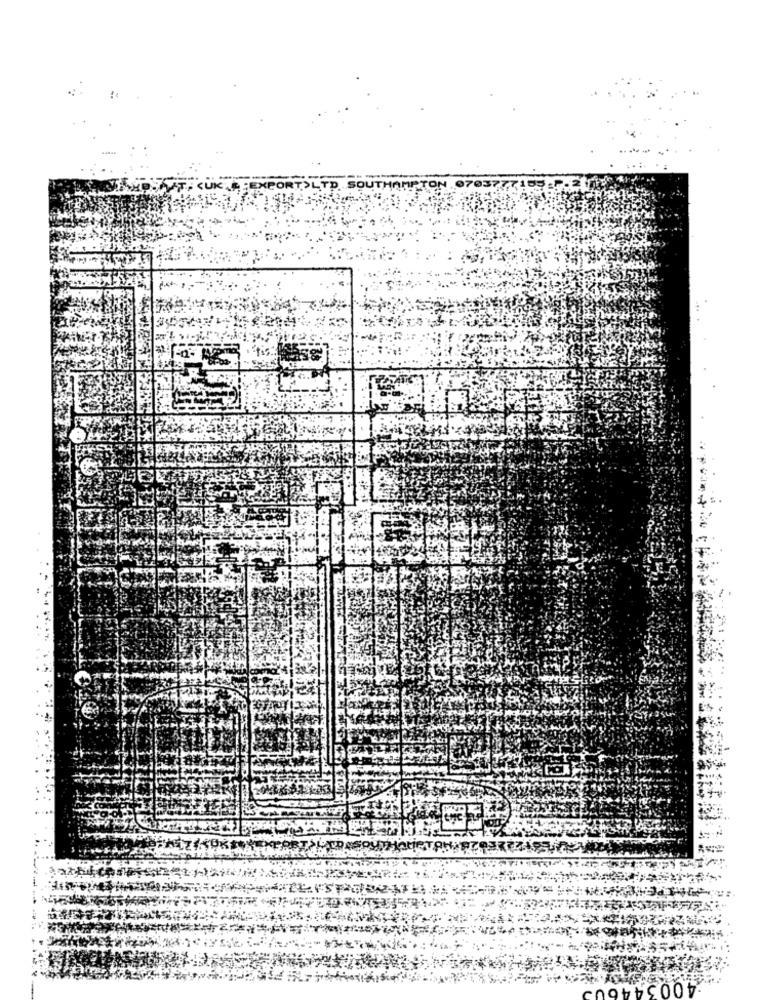
35
:40054460